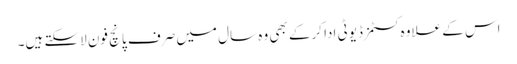
اس کے علاوہ کسٹمز ڈیوٹی ادا کرکے بھی وہ سال میں صرف پانچ فون لاسکتے ہیں۔